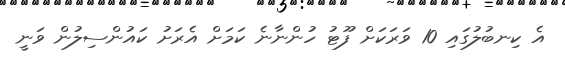
އެ ކިނބުލުގައި 10 ވަރަކަށް ފޫޓު ހުންނާނެ ކަމަށް އެރަށު ކައުންސިލުން ވަނީ